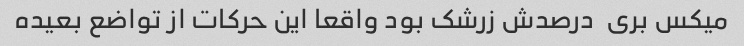
میکس بری  درصدش زرشک بود واقعا این حرکات از تواضع بعیده